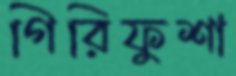
গিরিফুশা